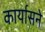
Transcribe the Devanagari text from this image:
कार्यासने